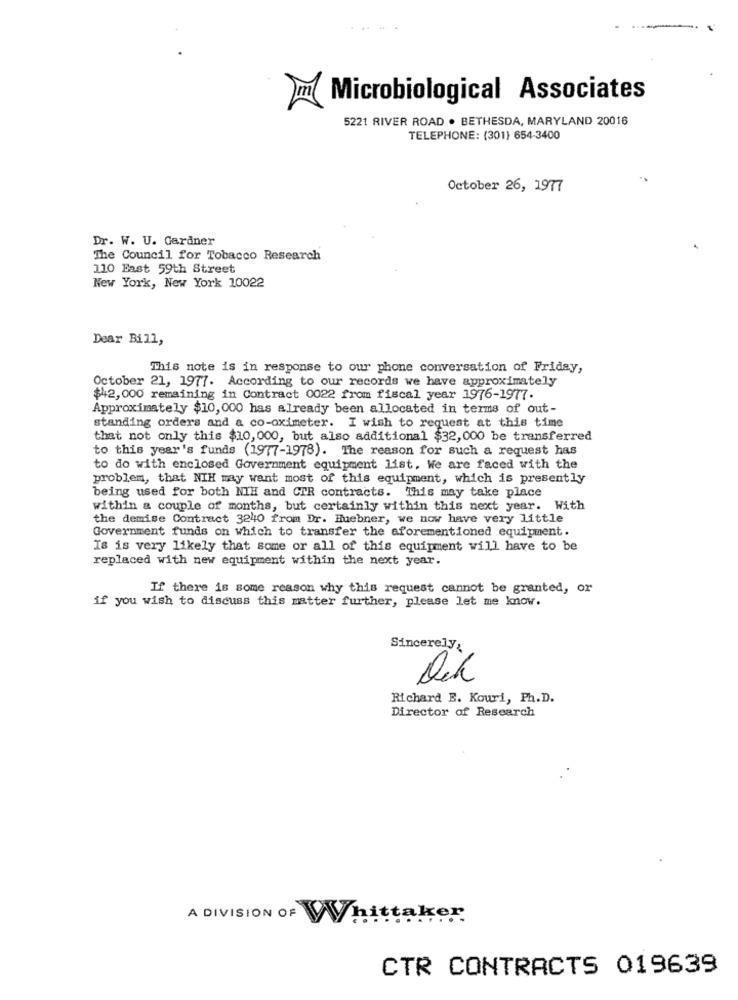
Microbiological Associates
5221 RIVER ROAD . BETHESDA, MARYLAND 20016
TELEPHONE: (301) 654-3400
October 26, 1977
Dr. W. U. Gardner
The Council for Tobacco Research
110 East 59th Street
New York, New York 10022
Dear Bill,
This note is in response to our phone conversation of Friday,
October 21, 1977. According to our records we have approximately
$42,000 remaining in Contract 0022 from fiscal year 1976-1977.
Approximately $10,000 has already been allocated in terms of out-
standing orders and a co-oximeter. I wish to request at this time
that not only this $10,000, but also additional $32,000 be transferred
to this year's funds (1977-1978). The reason for such a request has
to do with enclosed Government equipment list. We are faced with the
problem, that NIH may want most of this equipment, which is presently
being used for both NIH and CIR contracts. This may take place
within a couple of months, but certainly within this next year. With
the demise Contract 3240 from Dr. Huebner, we now have very little
Government funds on which to transfer the aforementioned equipment.
Is is very likely that some or all of this equipment will have to be
replaced with new equipment within the next year.
If there is some reason why this request cannot be granted, or
if you wish to discuss this matter further, please let me know.
Sincerely:
Dik
Richard B. Kouri, Ph.D.
Director of Research
A DIVISION OF Whittaker
CTR CONTRACTS 019639